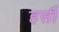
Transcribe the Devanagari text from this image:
हर्सी